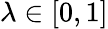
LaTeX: \lambda\in\left[0,1\right]